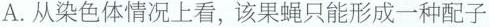
A.从染色体情况上看，该果蝇只能形成一种配子